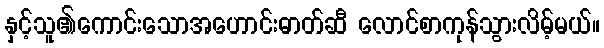
နှင့်သူ၏ကောင်းသောအဟောင်းဓာတ်ဆီ လောင်စာကုန်သွားလိမ့်မယ်။